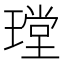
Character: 𤨠